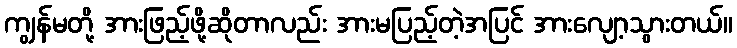
ကျွန်မတို့ အားဖြည့်ဖို့ဆိုတာလည်း အားမပြည့်တဲ့အပြင် အားလျော့သွားတယ်။